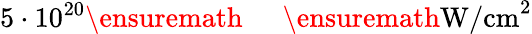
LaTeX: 5\cdot 10^{20}\ensuremath{\mathrm{~\textrm~{~\, ~}~}}\ensuremath{\mathrm{W/cm}}^{2}